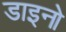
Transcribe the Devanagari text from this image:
डाइनो